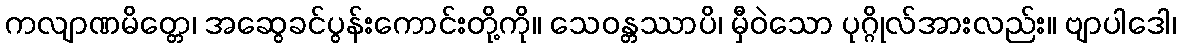
ကလျာဏမိတ္တေ၊ အဆွေခင်ပွန်းကောင်းတို့ကို။ သေဝန္တဿာပိ၊ မှီဝဲသော ပုဂ္ဂိုလ်အားလည်း။ ဗျာပါဒေါ၊